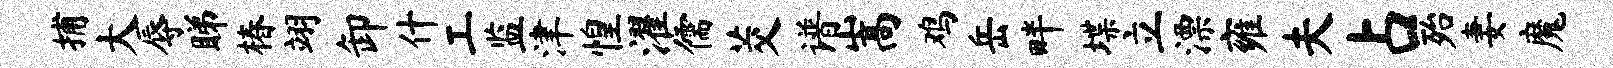
捕大辱睇椿翊卸什工监津惶濯儒茭谱嵩鸡岳畔堞立漂雍夫占殆妻魔